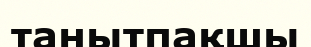
танытпақшы